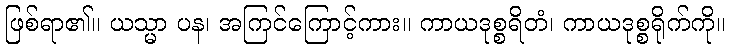
ဖြစ်ရာ၏။ ယသ္မာ ပန၊ အကြင်ကြောင့်ကား။ ကာယဒုစ္စရိတံ၊ ကာယဒုစ္စရိုက်ကို။